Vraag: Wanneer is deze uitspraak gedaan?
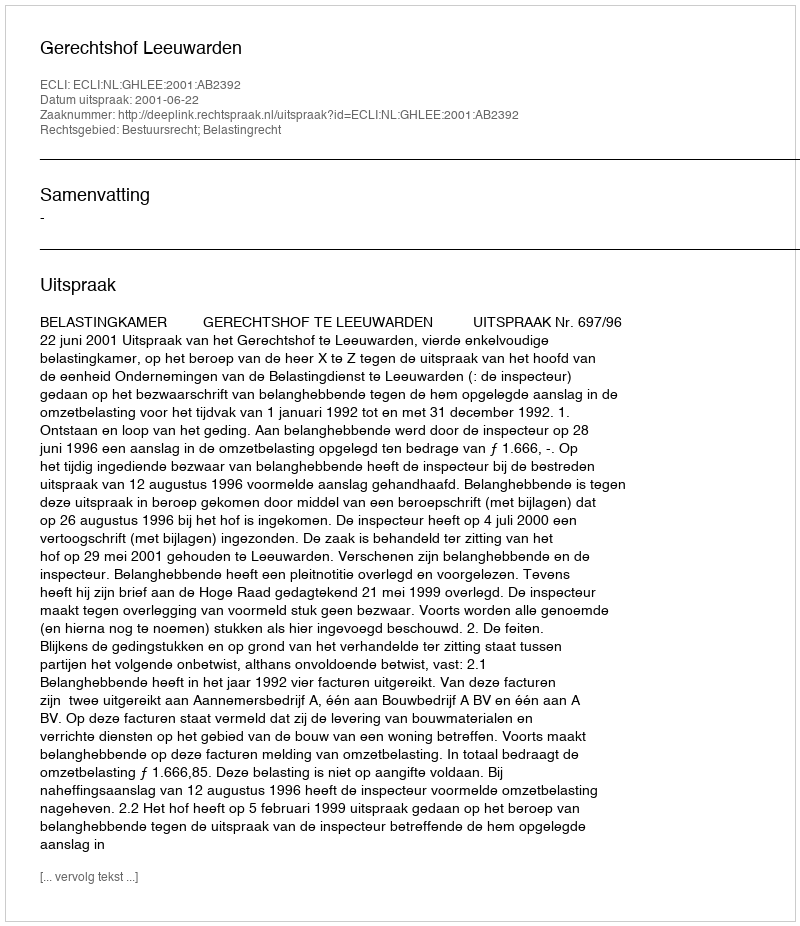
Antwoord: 2001-06-22